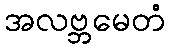
အလဗ္ဘမေတံ